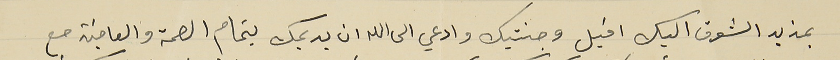
بمزيد الشوق اليك اقبل وجنتيك وادعي الى الله ان يديمك بتمام الصحة والعافية مع